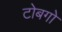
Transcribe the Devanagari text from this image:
टोबगो